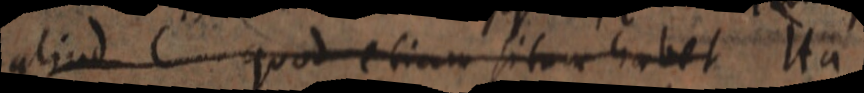
aliud C quod etiam situm habet Ita